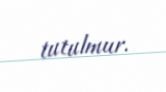
tutulmur.